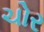
ચોર